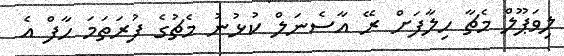
ލިވަޕޫލް މެޗާ ހިލާފަށް ރޭ އާސެނަލް ކުޅުނު މެޗުގެ ފުރަތަމަ ހާފް އެ